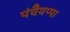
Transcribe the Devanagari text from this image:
पंचैयप्पा